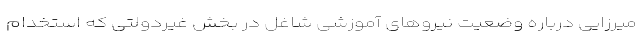
میرزایی درباره وضعیت نیروهای آموزشی شاغل در بخش غیردولتی که استخدام